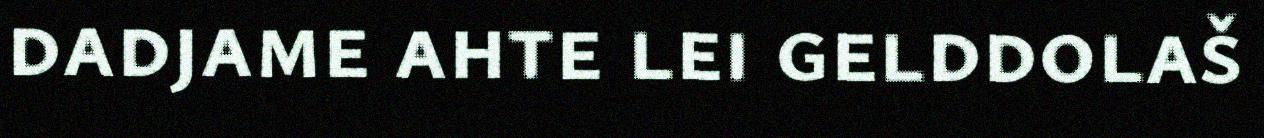
dadjame ahte lei gelddolaš